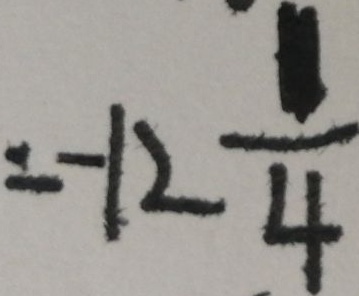
= - 1 2 \frac { 1 } { 4 }